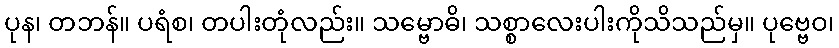
ပုန၊ တဘန်။ ပရံစ၊ တပါးတုံလည်း။ သမ္ဗောဓိ၊ သစ္စာလေးပါးကိုသိသည်မှ။ ပုဗ္ဗေဝ၊